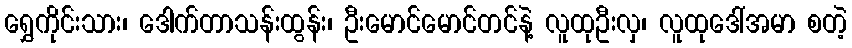
ရွှေကိုင်းသား၊ ဒေါက်တာသန်းထွန်း၊ ဦးမောင်မောင်တင်နဲ့ လူထုဦးလှ၊ လူထုဒေါ်အမာ စတဲ့